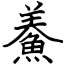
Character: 鯗